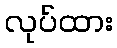
လုပ်ထား